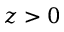
z > 0